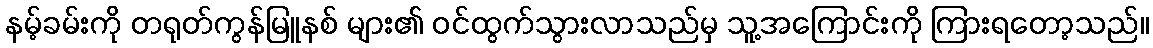
နမ့်ခမ်းကို တရုတ်ကွန်မြူနစ် များ၏ ဝင်ထွက်သွားလာသည်မှ သူ့အကြောင်းကို ကြားရတော့သည်။